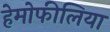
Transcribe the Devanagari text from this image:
हेमोफीलिया